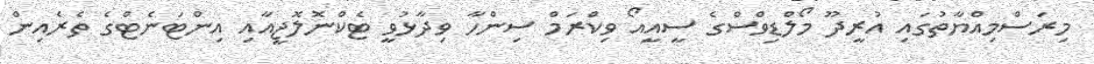
މިރަސްމިއްޔާތުގައި އުރީދޫ މޯލްޑިވްސްގެ ސީއީއޯ ވިކްރަމް ސިންހާ ވިދާޅުވީ ޓެކްނޮލޮޖީއާއި އިންޓަނެޓްގެ ތެރެއިން